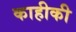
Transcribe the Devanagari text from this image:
काहीकी